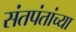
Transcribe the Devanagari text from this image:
संतपंतांच्या